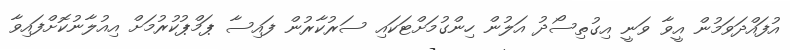
އުފައްދަވަމުން އީވާ ވަނީ އިގުތިސޯދު އަލުން ހިންގުމަށްޓަކައި ސަރުކާރުން ފައިސާ ޕަމްޕުކުރުމަށް އިއުލާނުކޮށްފައިވާ